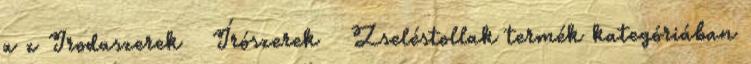
a z Irodaszerek Írószerek Zseléstollak termék kategóriában